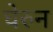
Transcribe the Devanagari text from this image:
घेरुन